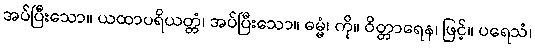
အပ်ပြီးသော။ ယထာပရိယတ္တံ၊ အပ်ပြီးသော။ ဓမ္မံ၊ ကို။ ဝိတ္တာရေန၊ ဖြင့်။ ပရေသံ၊